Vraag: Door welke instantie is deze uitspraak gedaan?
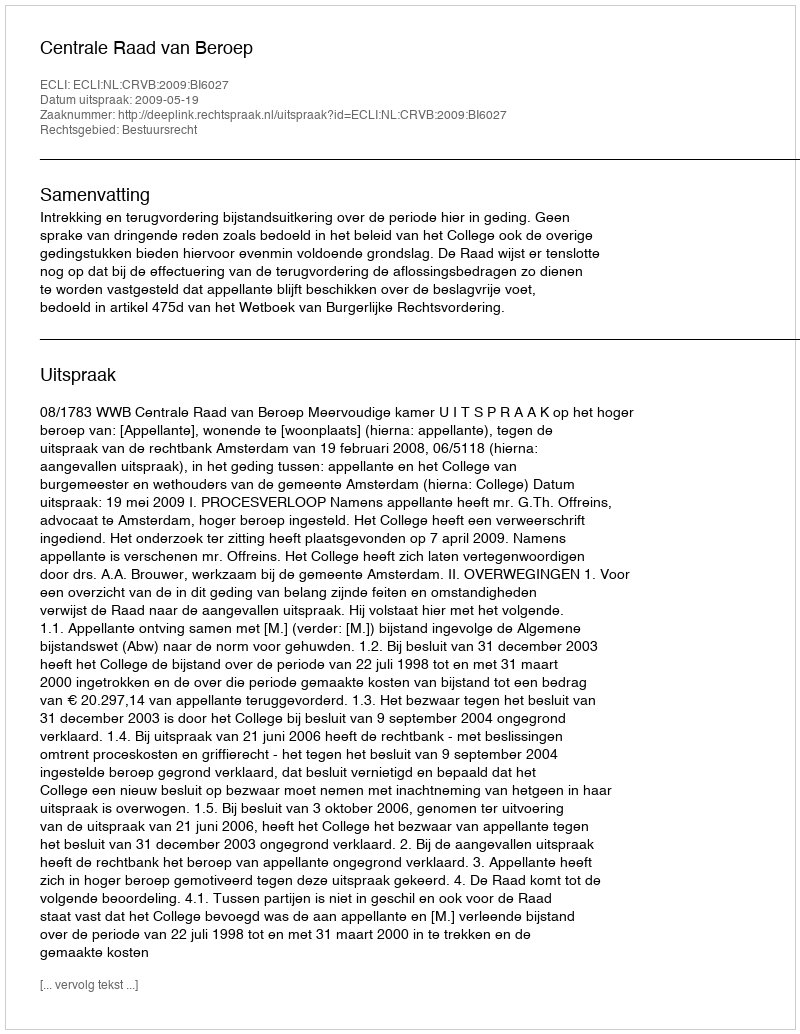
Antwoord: Centrale Raad van Beroep